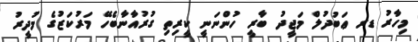
މިހާރު ޑރ ޢަބުދުލް މަޖީދު ބާރީ ހުންނަނީ ކީރިތި ގުރުއާނާބެހޭ މަރުކަޒުގެ މުދީރު